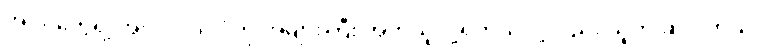
အပင်တွေရဲ့ အလုပ်လုပ်ပုံကို အများကြီး အတုယူလို့ရတယ်လို့လည်း သူက ဆိုပါတယ်။